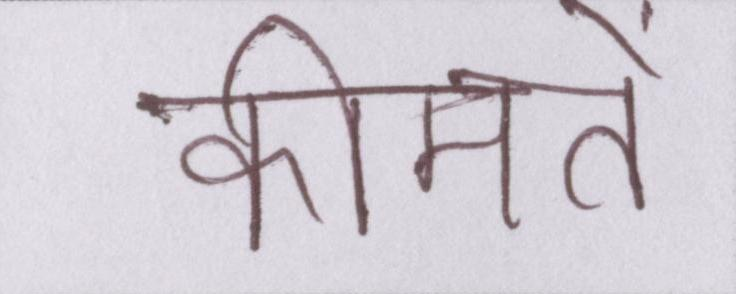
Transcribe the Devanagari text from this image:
कीमतें